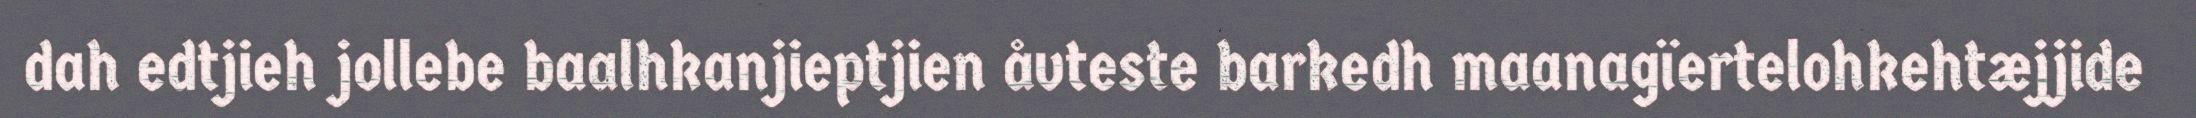
dah edtjieh jollebe baalhkanjieptjien åvteste barkedh maanagïertelohkehtæjjide